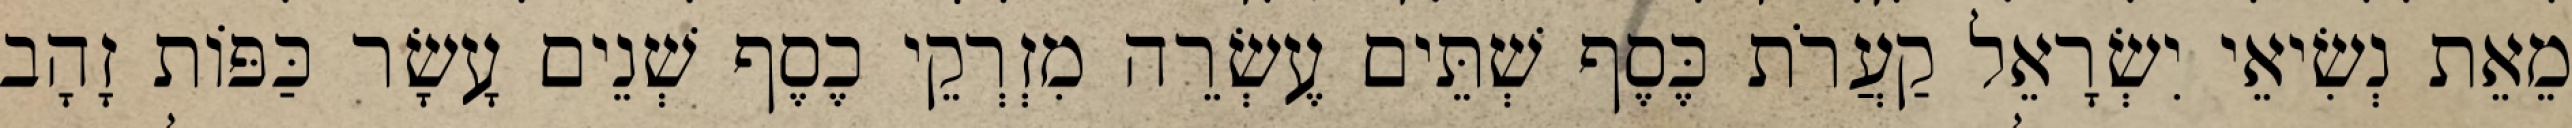
מֵאֵת נְשִׂיאֵי יִשְׂרָאֵל קַעֲרֹת כֶּסֶף שְׁתֵּים עֶשְׂרֵה מִזְרְקֵי כֶסֶף שְׁנֵים עָשָׂר כַּפּוֹת זָהָב